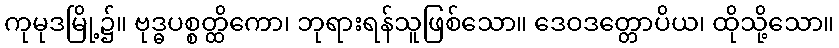
ကုမုဒမြို့၌။ ဗုဒ္ဓပစ္စတ္ထိကော၊ ဘုရားရန်သူဖြစ်သော။ ဒေဝဒတ္တောပိယ၊ ထိုသို့သော။